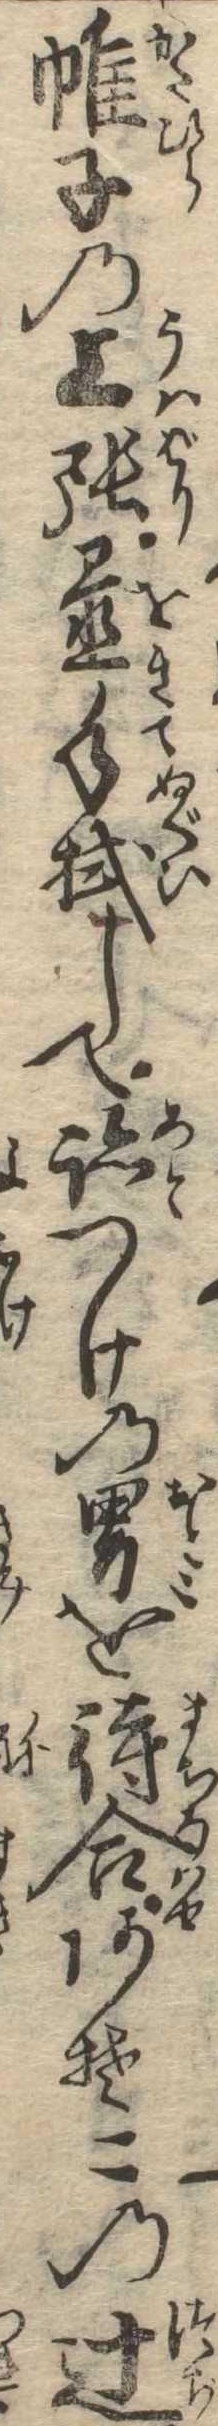
帷子の上張置手拭して跡つけの男を待合あそこの辻